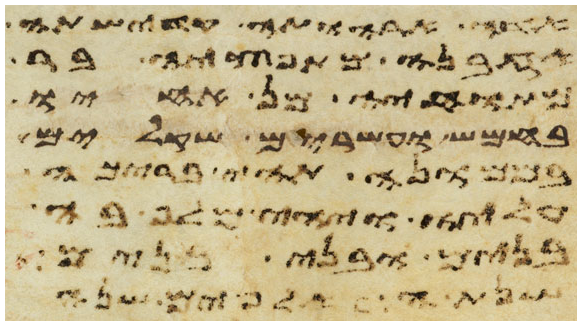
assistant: אישה אתה ותהי נדתה
אבינו מת במדבר
אשתו מאחריו
עשרים שקלים
במרמה וידברו
עליו והיה
בנים ובני בנים
שנה תמימם שנים